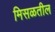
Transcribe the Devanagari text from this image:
मिसळतील